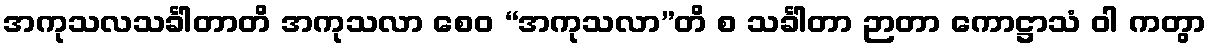
အကုသလသင်္ခါတာတိ အကုသလာ စေဝ “အကုသလာ”တိ စ သင်္ခါတာ ဉာတာ ကောဋ္ဌာသံ ဝါ ကတွာ